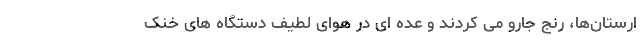
ارستان‌ها، رنج جارو می کردند و عده ای در هوای لطیف دستگاه های خنک